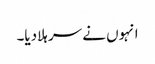
انہوں نے سر ہلادیا۔